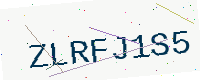
Text: ZLRFJ1S5